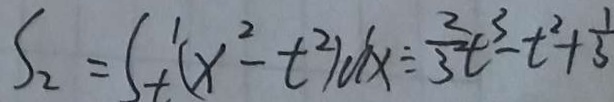
S _ { 2 } = S _ { t } ^ { 1 } ( x ^ { 2 } - t ^ { 2 } ) a x \div \frac { 2 } { 3 } t ^ { 3 } - t ^ { 2 } + \frac { 1 } { 3 }